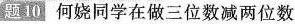
题10 何娆同学在做三位数减两位数